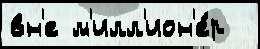
вн'е м'илл'ион'е́р